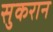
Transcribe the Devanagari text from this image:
सुकरान